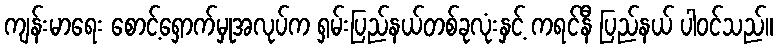
ကျန်းမာရေး စောင့်ရှောက်မှုအလုပ်က ရှမ်းပြည်နယ်တစ်ခုလုံးနှင့် ကရင်နီ ပြည်နယ် ပါဝင်သည်။